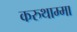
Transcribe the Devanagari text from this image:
करुथाम्मा